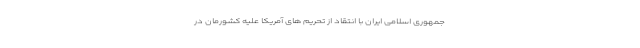
جمهوری اسلامی ایران با انتقاد از تحریم های آمریکا علیه کشورمان در